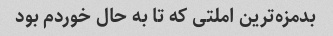
بدمزه‌ترین املتی که تا به حال خوردم بود